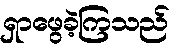
ရှာဖွေခဲ့ကြသည်